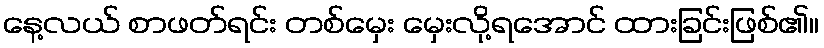
နေ့လယ် စာဖတ်ရင်း တစ်မှေး မှေးလို့ရအောင် ထားခြင်းဖြစ်၏။